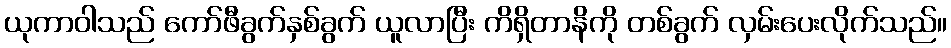
ယုကာဝါသည် ကော်ဖီခွက်နှစ်ခွက် ယူလာပြီး ကိရှိတာနိကို တစ်ခွက် လှမ်းပေးလိုက်သည်။